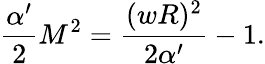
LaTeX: \frac{\alpha^{\prime}}2M^{2}=\frac{(wR)^{2}}{2\alpha^{\prime}}-1.